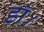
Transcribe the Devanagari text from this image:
डाॅ।